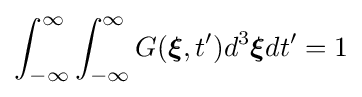
\int _{-\infty }^{\infty }\int _{-\infty }^{\infty }G({\boldsymbol {\xi }},t^{\prime })d^{3}{\boldsymbol {\xi }}dt^{\prime }=1